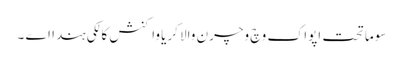
سوماتحت اپواک وچ وچرن والا کریا واکنش کالکی ہندا اے ۔